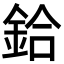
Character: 鉿